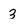
Character: 3